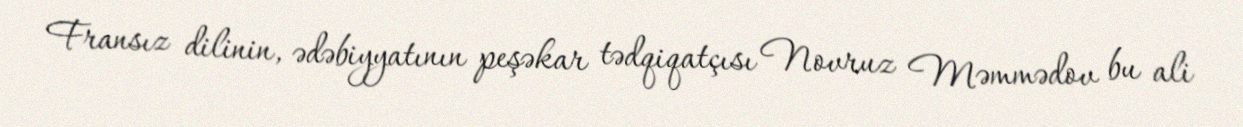
Fransız dilinin, ədəbiyyatının peşəkar tədqiqatçısı Novruz Məmmədov bu ali